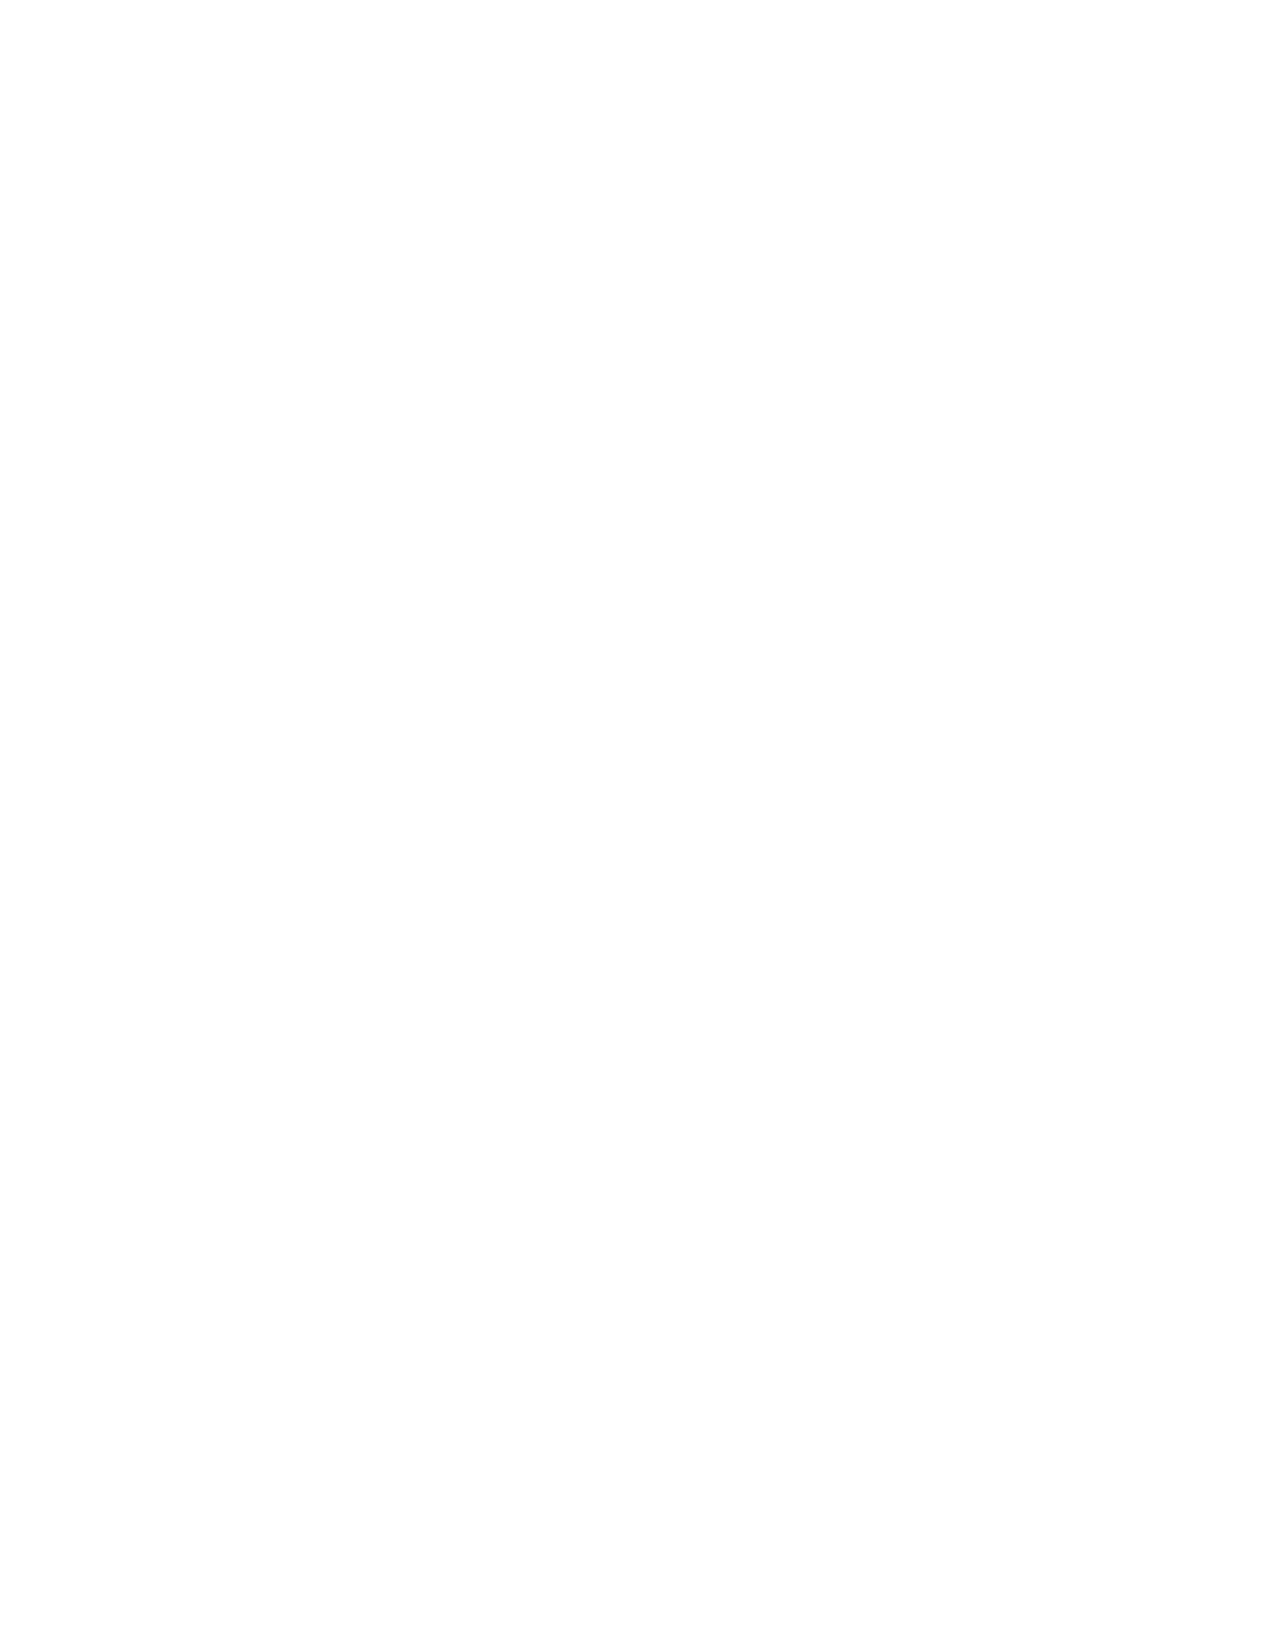
VerDate Aug 04 2004 13:51 Sep 16, 2004 Jkt 077500 PO 00000 Frm 00002 Fmt 8221 Sfmt 8221 C:\CONAN\CON068.XXX PRFM99 PsN: CON068